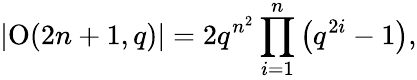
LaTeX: \left|\operatorname{O}(2n+1,q)\right|=2q^{n^{2}}\prod_{i=1}^{n}\left(q^{2i}-1\right),